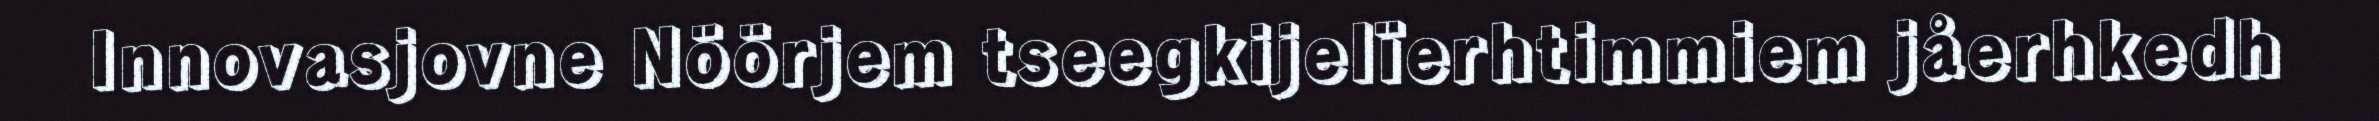
Innovasjovne Nöörjem tseegkijelïerhtimmiem jåerhkedh